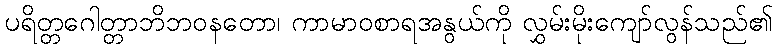
ပရိတ္တဂေါတ္တာဘိဘဝနတော၊ ကာမာဝစာရအနွယ်ကို လွှမ်းမိုးကျော်လွန်သည်၏